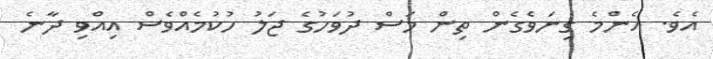
އެވެ. އެންމެ ގިނަވެގެން ތިން މަސް ދުވަހުގެ ޖަލު ހުކުމެއްވެސް އިއްވި ދާނެ